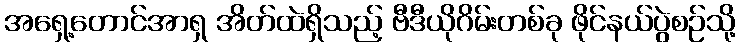
အရှေ့တောင်အာရှ အိတ်ထဲရှိသည့် ဗီဒီယိုဂိမ်းတစ်ခု ဖိုင်နယ်ပွဲစဉ်သို့